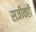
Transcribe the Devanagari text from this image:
सजीवही